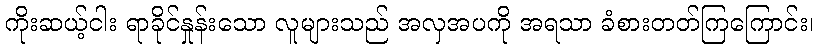
ကိုးဆယ့်ငါး ရာခိုင်နှုန်းသော လူများသည် အလှအပကို အရသာ ခံစားတတ်ကြကြောင်း၊